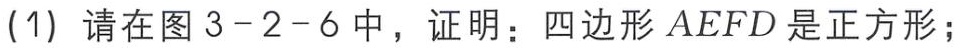
(1) 请在图 3 - 2 - 6 中，证明：四边形 \(AEFD\) 是正方形；